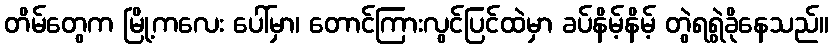
တိမ်တွေက မြို့ကလေး ပေါ်မှာ၊ တောင်ကြားလွင်ပြင်ထဲမှာ ခပ်နိမ့်နိမ့် တွဲရရွဲခိုနေသည်။